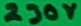
Text: 230V